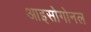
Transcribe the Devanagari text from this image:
आइसोगोनल